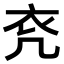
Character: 𧘊